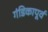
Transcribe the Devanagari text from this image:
गंडिकापूर्व